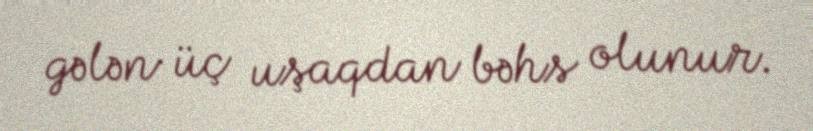
gələn üç uşaqdan bəhs olunur.